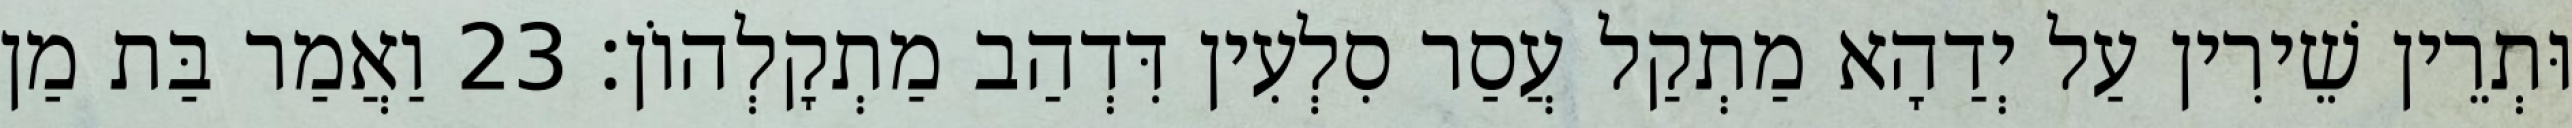
וּתְרֵין שֵׁירִין עַל יְדַהָא מַתְקַל עֲסַר סִלְעִין דִּדְהַב מַתְקָלְהוֹן׃ 23 וַאֲמַר בַּת מַן